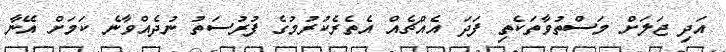
އަދި ޖަލަށް މަސްތުވާތަކެތި ފަދަ އެއްޗެއް އެތެރެކުރުމުގެ ފުރުސަތު ނުދެއްވާނެ ކަމަށް އޭނާ